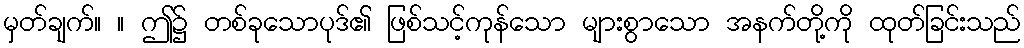
မှတ်ချက်။ ။ ဤ၌ တစ်ခုသောပုဒ်၏ ဖြစ်သင့်ကုန်သော များစွာသော အနက်တို့ကို ထုတ်ခြင်းသည်